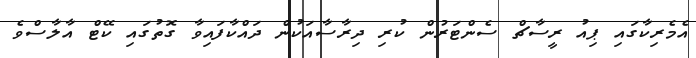
އެމެރިކާގައި ޕިއު ރީސާޗް ސެންޓަރުން ކުރި ދިރާސާއަކުން ދައްކާފައިވާ ގޮތުގައި ކޭޓް އާލާސްވެ